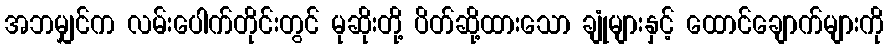
အဘမျှင်က လမ်းပေါက်တိုင်းတွင် မုဆိုးတို့ ပိတ်ဆို့ထားသော ချုံများနှင့် ထောင်ချောက်များကို